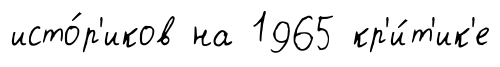
исто́р'иков на 1965 кр'и́т'ик'е